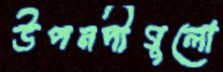
উপনদীগুলো